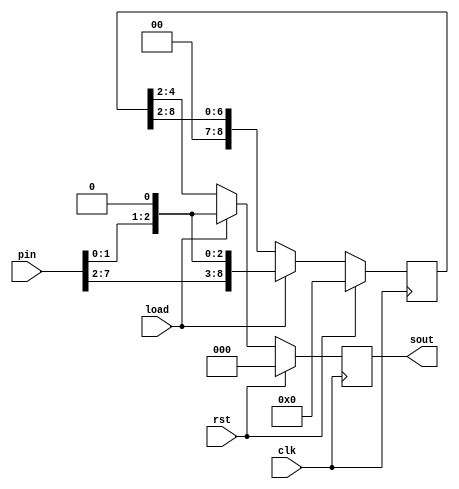
//8 bit PISO with synchronous reset and active high load pin. When load is zero, it shifts in serial 2 bits at a time. When load is one, it loads in parallel. 
`timescale 1ns/10ps
module piso_2bit(sout,pin,load,clk,rst);
    output reg [2:0] sout;
    input [7:0] pin;
    input load,clk,rst;
    reg [8:0] dout;
    always @(posedge clk)
        begin
            if(rst)
				begin
                dout = 8'd0;
				sout = 3'b0;
				end
            else if(load)
				begin
                dout = {pin,1'b0};
				sout = dout[2:0];
				end
            else
                begin
                    dout = {2'b0,dout[8:2]};
					sout = dout[2:0];
                end
        end
endmodule